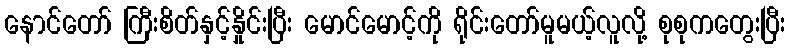
နောင်တော် ကြီးစိတ်နှင့်နှိုင်းပြီး မောင်မောင့်ကို ရိုင်းတော်မူမယ့်လူလို့ စုစုကတွေးပြီး